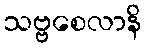
သဗ္ဗစေလာနိ